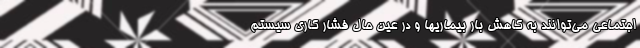
اجتماعی می‌توانند به کاهش بار بیماریها و در عین حال فشار کاری سیستم